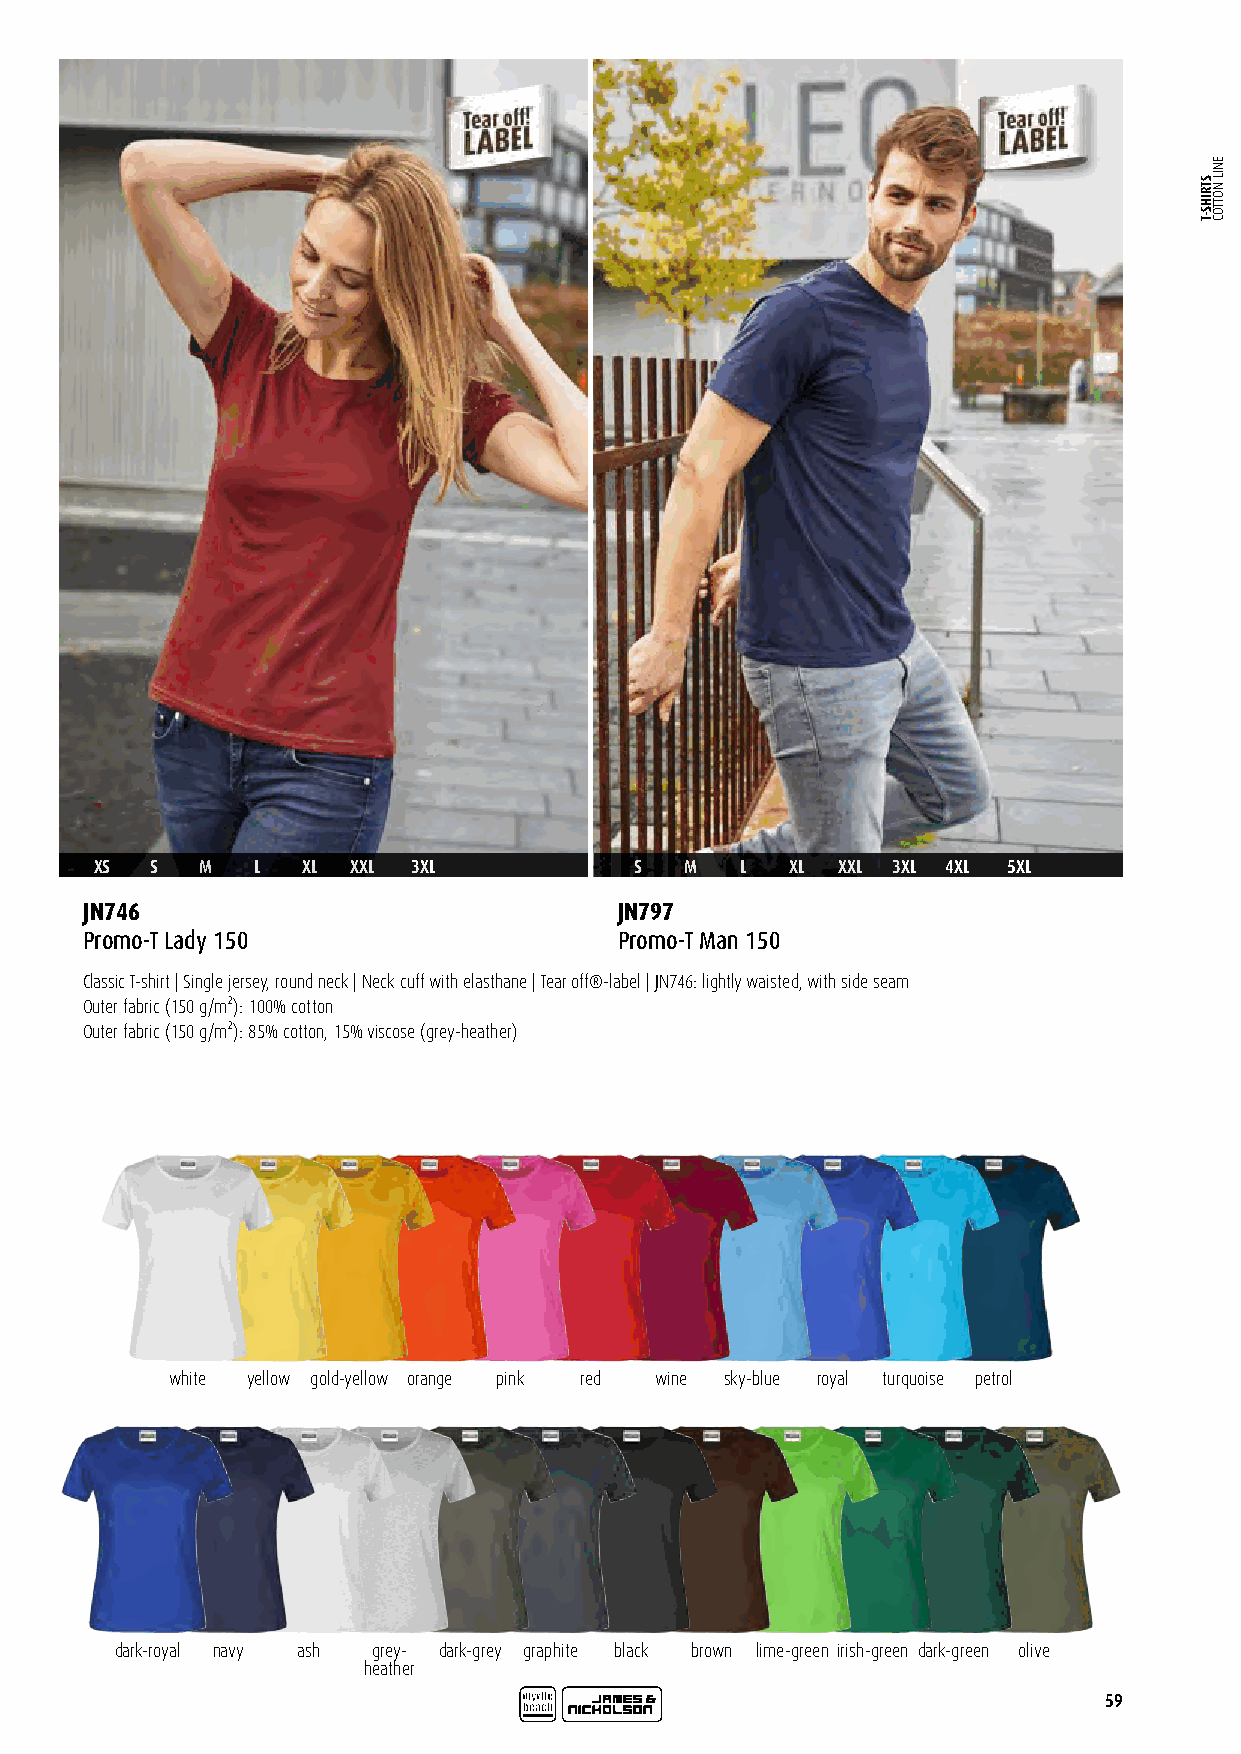
XS  S  M   L  XL XXL 3XL            S  M   L  XL XXL 3XL 4XL 5XL
 JN746                               JN797
 Promo-T Lady 150                    Promo-T Man 150
 Classic T-shirt | Single jersey, round neck | Neck cuff with elasthane | Tear off®-label | JN746: lightly waisted, with side seam
 Outer fabric (150 g/m²): 100% cotton
 Outer fabric (150 g/m²): 85% cotton, 15% viscose (grey-heather)
 T-SHIRTS FOR THE BASE
 white yellow gold-yellow orange pink red wine sky-blue royal turquoise petrol
 Cotton Line
 -
 dark-royal navy ash grey- dark-grey graphite black brown lime-green irish-green dark-green olive
 heather
 59
 STRIHS-T
 ENIL
 NOTTOC